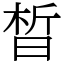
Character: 晳